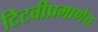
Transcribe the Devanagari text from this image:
टिटवीप्रमाणेच